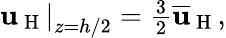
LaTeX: \begin{array}{r}{\left.\mathbf{u}_{\mathrm{~H~}}\right\vert_{z=h/2}=\frac{3}{2}\overline{{\mathbf{u}}}_{\mathrm{~H~}},}\end{array}